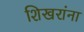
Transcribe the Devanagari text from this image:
शिखरांना